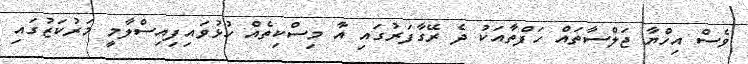
ވެސް އިހްޔާ ޖަލްސާތައް ހަފްތާއަކު ދެ ރޭގާފަރުގައި އާ މިސްކިތެއް ހުޅުވައިފިއިސްލާމީ މަރުކަޒުގައި